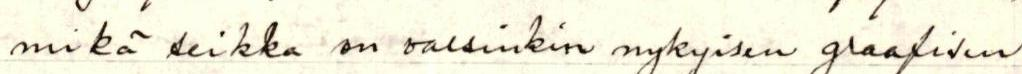
mikä seikka on varsinkin nykyisen graafisen